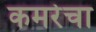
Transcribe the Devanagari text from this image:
कमरेचा